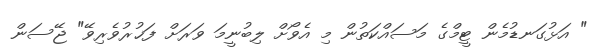
" އަޅުގަނޑުމެން ޓީމްގެ މަސައްކަތުން މި އެވޯށް ލިބުނީމަ ވަރަށް ފަޚުރުވެރިވޭ" ޖޭސަން